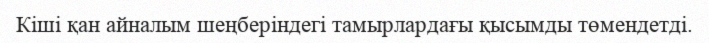
Кіші қан айналым шеңберіндегі тамырлардағы қысымды төмендетді.